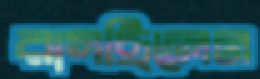
রাগছিলেন